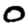
Digit: 0